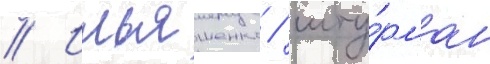
// Ильяшенко / шту́рман